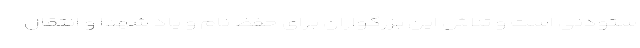
ستودنی است و تلاش این بزرگواران برای حفظ نام و یاد شهدا و انتقال